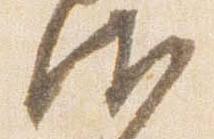
衛